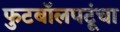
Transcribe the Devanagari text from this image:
फुटबॉलपटूंचा